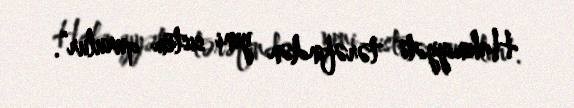
Hakimiyyəti tərəfindən yeni sistem qurulur”.